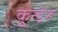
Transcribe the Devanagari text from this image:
कुन्डेरू